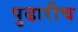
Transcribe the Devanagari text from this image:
पुढारीच